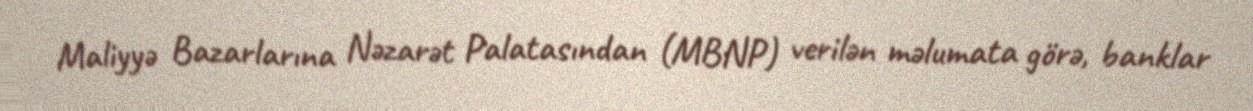
Maliyyə Bazarlarına Nəzarət Palatasından (MBNP) verilən məlumata görə, banklar